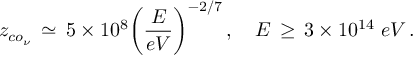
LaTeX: z _ { c o _ { \nu } } \, \simeq \, 5 \times 1 0 ^ { 8 } \bigg ( \frac { E } { e V } \bigg ) ^ { - 2 / 7 } \, , \quad E \, \geq \, 3 \times 1 0 ^ { 1 4 } \; e V \, .